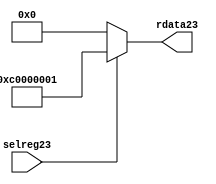
//File23 name   : smc_cfreg_lite23.v
//Title23       : 
//Created23     : 1999
//Description23 : Single23 instance of a config register
//Notes23       : 
//----------------------------------------------------------------------
//   Copyright23 1999-2010 Cadence23 Design23 Systems23, Inc23.
//   All Rights23 Reserved23 Worldwide23
//
//   Licensed23 under the Apache23 License23, Version23 2.0 (the
//   "License23"); you may not use this file except23 in
//   compliance23 with the License23.  You may obtain23 a copy of
//   the License23 at
//
//       http23://www23.apache23.org23/licenses23/LICENSE23-2.0
//
//   Unless23 required23 by applicable23 law23 or agreed23 to in
//   writing, software23 distributed23 under the License23 is
//   distributed23 on an "AS23 IS23" BASIS23, WITHOUT23 WARRANTIES23 OR23
//   CONDITIONS23 OF23 ANY23 KIND23, either23 express23 or implied23.  See
//   the License23 for the specific23 language23 governing23
//   permissions23 and limitations23 under the License23.
//----------------------------------------------------------------------



module smc_cfreg_lite23 (
  // inputs23
  selreg23,

  // outputs23
  rdata23
);


// Inputs23
input         selreg23;               // select23 the register for read/write access

// Outputs23
output [31:0] rdata23;                 // Read data

wire   [31:0] smc_config23;
wire   [31:0] rdata23;


assign rdata23 = ( selreg23 ) ? smc_config23 : 32'b0;
assign smc_config23 =  {1'b1,1'b1,8'h00, 2'b00, 2'b00, 2'b00, 2'b00,2'b00,2'b00,2'b00,8'h01};




endmodule // smc_cfreg23